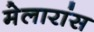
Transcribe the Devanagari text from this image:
मेलारांस